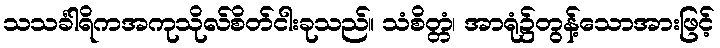
သသင်္ခါရိကအကုသိုလ်စိတ်ငါးခုသည်။ သံစိတ္တံ၊ အာရုံ၌တွန့်သောအားဖြင့်